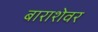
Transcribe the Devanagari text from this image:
बाराशेवर